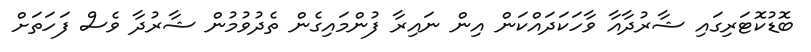
ބޮޑުކޮޓަރިގައި ޝާރުދާއާ ވާހަކަދައްކަން އިން ނައިރާ ފުންމައިގެން ތެދުވުމުން ޝާރުދާ ވެސް ފަހަތަށް